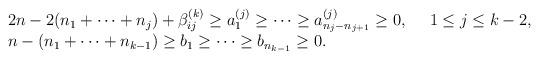
LaTeX: \begin{align*}\begin{array}{l}2n-2(n_1 + \cdots + n_j )+\beta^{(k)}_{ij} \geq a^{(j)}_1 \geq \cdots \geq a^{(j)}_{n_j -n_{j+1}}\geq 0, ~~~~1 \leq j \leq k-2, \\n-(n_1 + \cdots +n_{k-1}) \geq b_1 \geq \cdots \geq b_{n_{k-1}} \geq 0.\end{array}\end{align*}